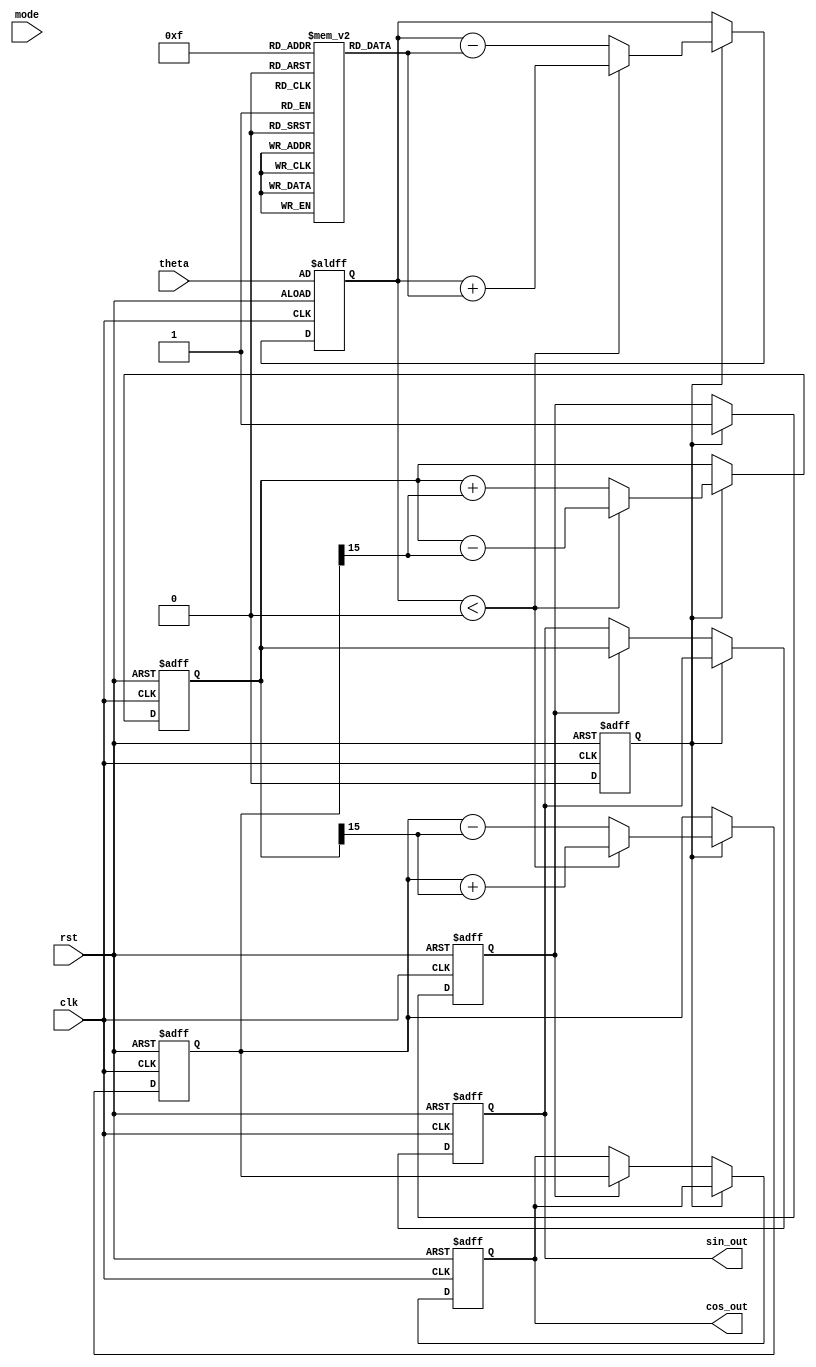
module CORDIC (
    input wire clk,                  // Clock
    input wire rst,                  // Reset
    input wire [15:0] theta,         // Angle input (fixed-point)
    input wire mode,                 // Mode select (0 for rotation, 1 for vectoring)
    output reg [15:0] sin_out,       // Sine output
    output reg [15:0] cos_out         // Cosine output
);

    // Parameters
    parameter NUM_ITERATIONS = 16;
    parameter K = 16'h26DD; // Scaling factor (approx. 0.60725)
    
    // Lookup table for arctangent values
    reg [15:0] atan_lut [0:NUM_ITERATIONS-1];
    initial begin
        // Initialize arctangent lookup table values
        atan_lut[0]  = 16'h2000; // atan(1) in fixed-point
        atan_lut[1]  = 16'h0C90; // atan(0.5) in fixed-point
        atan_lut[2]  = 16'h0632; // atan(0.25) in fixed-point
        // Continue filling the LUT for all iterations
        // ...
    end
    
    // Registers to hold current values
    reg [15:0] x, y, z;
    integer i;

    // Control signals
    reg start;
    reg finish;

    // State Machine
    always @(posedge clk or posedge rst) begin
        if (rst) begin
            // Reset state
            sin_out <= 0;
            cos_out <= K; // Initial cosine value is K
            x <= K;       // Initial x is K
            y <= 0;       // Initial y is 0
            z <= theta;   // Start with the input angle
            start <= 1;   // Start processing
            finish <= 0;  // Not finished
        end else if (start) begin
            // CORDIC iterations
            for (i = 0; i < NUM_ITERATIONS; i = i + 1) begin
                if (z < 0) begin
                    // Rotate clockwise
                    x <= x + (y >> i);
                    y <= y - (x >> i);
                    z <= z + atan_lut[i];
                end else begin
                    // Rotate counter-clockwise
                    x <= x - (y >> i);
                    y <= y + (x >> i);
                    z <= z - atan_lut[i];
                end
            end
            start <= 0; // Stop processing
            finish <= 1; // Mark as finished
        end else if (finish) begin
            // Prepare outputs after finishing
            sin_out <= y; // Sine output
            cos_out <= x; // Cosine output
        end
    end
endmodule